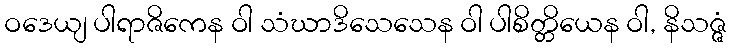
ဝဒေယျ ပါရာဇိကေန ဝါ သံဃာဒိသေသေန ဝါ ပါစိတ္တိယေန ဝါ, နိသဇ္ဇံ